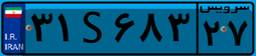
۳۱S۶۸۳۲۷